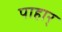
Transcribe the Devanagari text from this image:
पाहार्